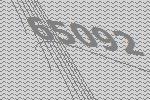
65092